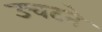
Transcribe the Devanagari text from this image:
उचटने